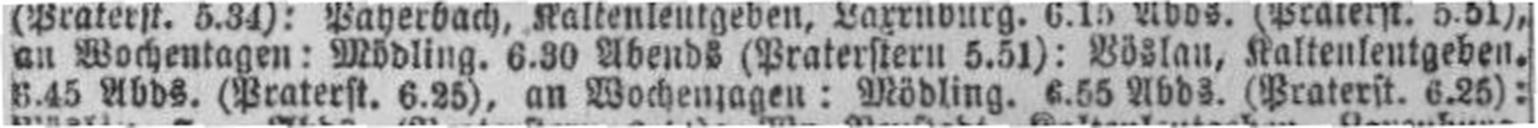
6.45 Abds. (Praterst. 6.25), an Wochentagen: Mödling. 6.55 Abds. (Praterst. 6.25):